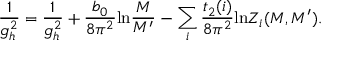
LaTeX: \frac { 1 } { g _ { h } ^ { 2 } } = \frac { 1 } { g _ { h } ^ { 2 } } + \frac { b _ { 0 } } { 8 \pi ^ { 2 } } \mathrm { l n } \frac { M } { M ^ { \prime } } - \sum _ { i } \frac { t _ { 2 } ( i ) } { 8 \pi ^ { 2 } } \mathrm { l n } Z _ { i } ( M , M ^ { \prime } ) .